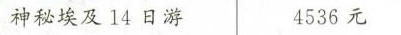
神秘埃及14日游 4536元